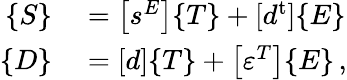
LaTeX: \begin{array}{rl}{\{ S\} }&{{}=\left[s^{E}\right]\{ T\} +[d^{\mathrm{t}}]\{ E\} }\\ {\{ D\} }&{{}=[d]\{ T\} +\left[\varepsilon^{T}\right]\{ E\} \, ,}\end{array}